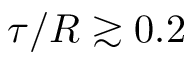
\tau / R \gtrsim 0 . 2